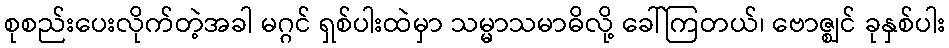
စုစည်းပေးလိုက်တဲ့အခါ မဂ္ဂင် ရှစ်ပါးထဲမှာ သမ္မာသမာဓိလို့ ခေါ်ကြတယ်၊ ဗောဇ္ဈင် ခုနှစ်ပါး